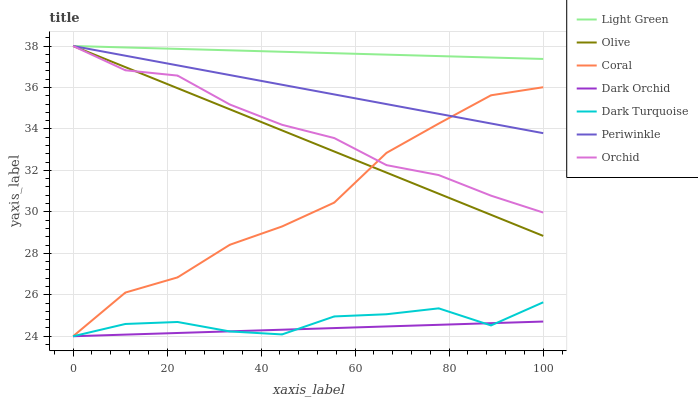
| xaxis_label | Light Green | Olive | Coral | Dark Orchid | Dark Turquoise | Periwinkle | Orchid |
 | --- | --- | --- | --- | --- | --- | --- | --- |
 | 0 | 38 | 38 | 24 | 24 | 24 | 38 | 38 |
 | 11.1 | 37.9 | 37 | 26.1 | 24.1 | 24.6 | 37.5 | 36.8 |
 | 22.2 | 37.9 | 36 | 26.8 | 24.2 | 24.7 | 37.1 | 36.6 |
 | 33.3 | 37.8 | 34.9 | 28.4 | 24.2 | 24.2 | 36.6 | 35.2 |
 | 44.4 | 37.7 | 33.9 | 29.3 | 24.3 | 24.1 | 36.1 | 34.2 |
 | 55.6 | 37.7 | 32.9 | 30.4 | 24.4 | 25 | 35.7 | 33.6 |
 | 66.7 | 37.6 | 31.9 | 32.8 | 24.5 | 25.1 | 35.2 | 32.3 |
 | 77.8 | 37.5 | 30.9 | 34.3 | 24.6 | 25.3 | 34.7 | 31.8 |
 | 88.9 | 37.4 | 29.9 | 35.6 | 24.6 | 24.5 | 34.3 | 30.8 |
 | 100 | 37.4 | 28.8 | 36 | 24.7 | 25.6 | 33.8 | 30 |